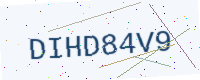
Text: DIHD84V9